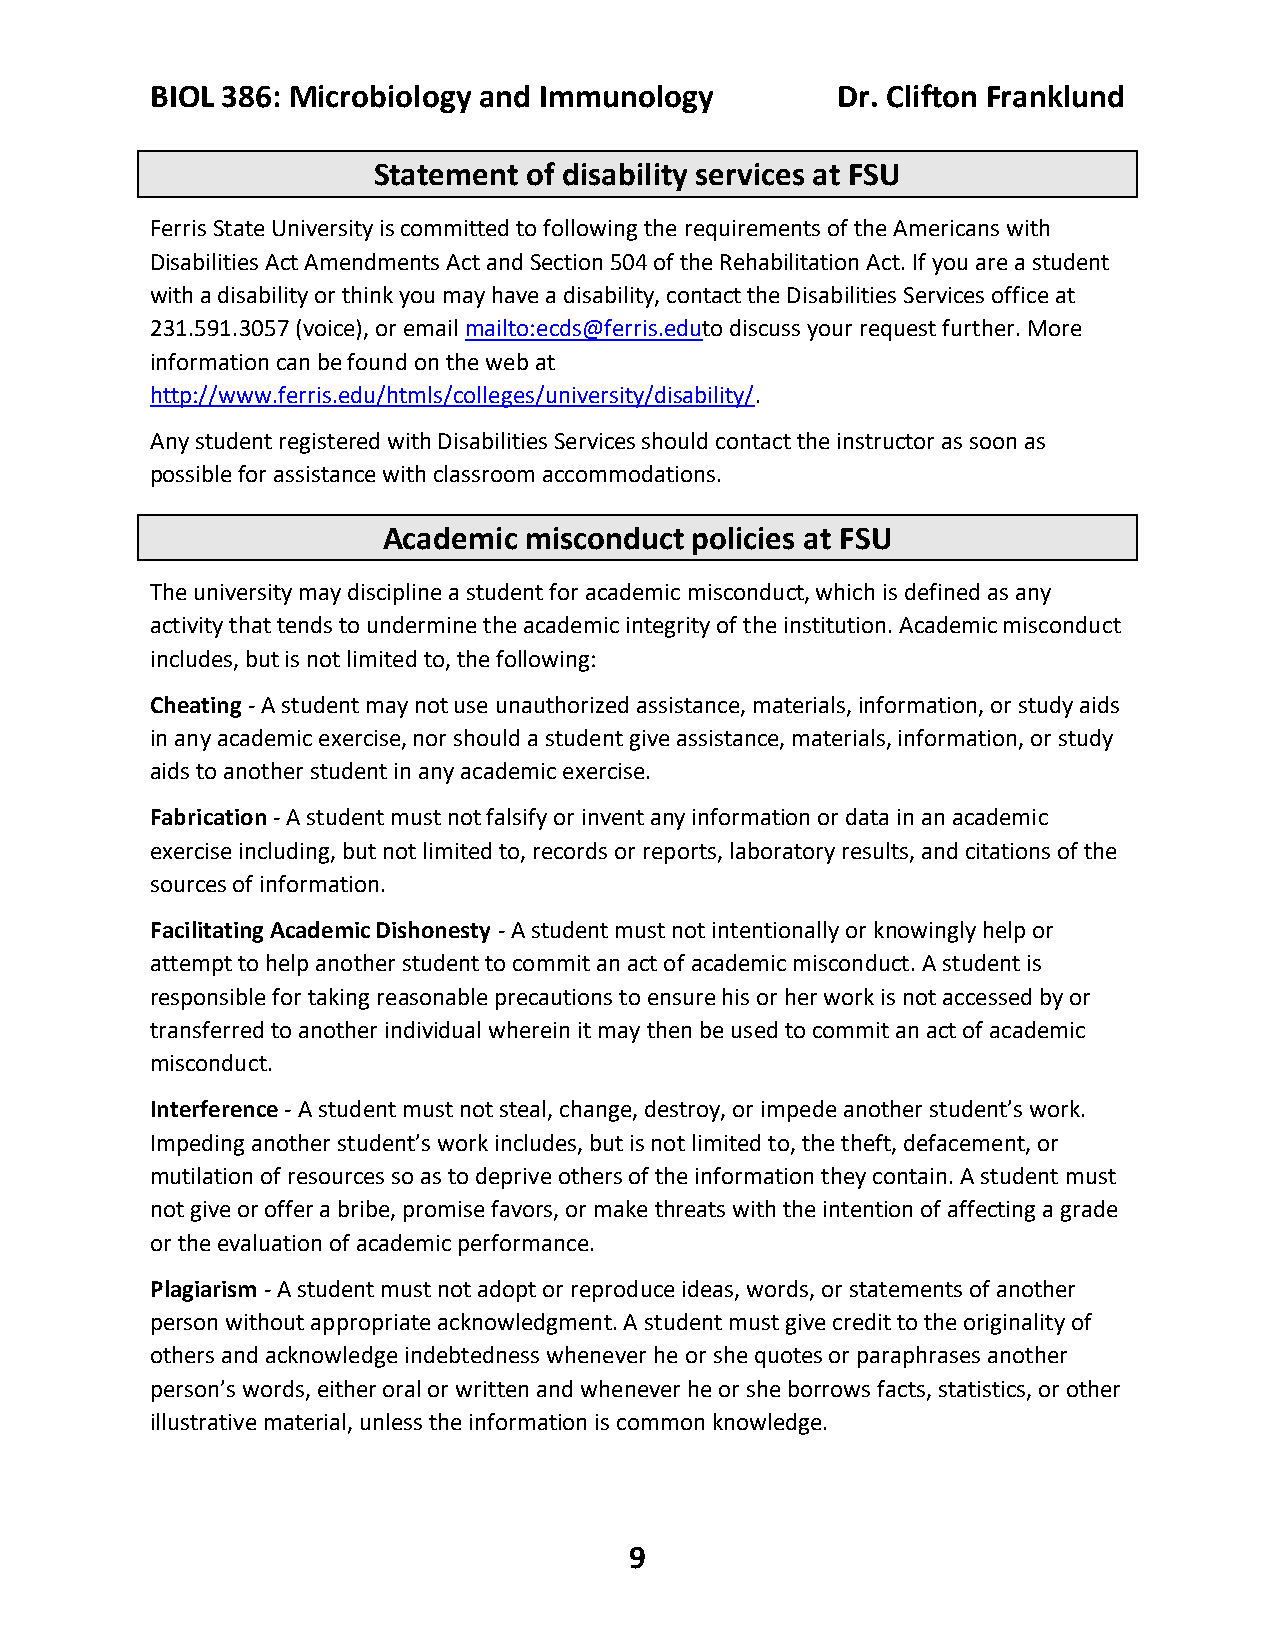
BIOL 386: Microbiology and Immunology        Dr. Clifton Franklund
 Statement of disability services at FSU
 Ferris State University is committed to following the requirements of the Americans with
 Disabilities Act Amendments Act and Section 504 of the Rehabilitation Act. If you are a student
 with a disability or think you may have a disability, contact the Disabilities Services office at
 231.591.3057 (voice), or email mailto:ecds@ferris.eduto discuss your request further. More
 information can be found on the web at
 http://www.ferris.edu/htmls/colleges/university/disability/.
 Any student registered with Disabilities Services should contact the instructor as soon as
 possible for assistance with classroom accommodations.
 Academic  misconduct policies at FSU
 The university may discipline a student for academic misconduct, which is defined as any
 activity that tends to undermine the academic integrity of the institution. Academic misconduct
 includes, but is not limited to, the following:
 Cheating - A student may not use unauthorized assistance, materials, information, or study aids
 in any academic exercise, nor should a student give assistance, materials, information, or study
 aids to another student in any academic exercise.
 Fabrication - A student must not falsify or invent any information or data in an academic
 exercise including, but not limited to, records or reports, laboratory results, and citations of the
 sources of information.
 Facilitating Academic Dishonesty - A student must not intentionally or knowingly help or
 attempt to help another student to commit an act of academic misconduct. A student is
 responsible for taking reasonable precautions to ensure his or her work is not accessed by or
 transferred to another individual wherein it may then be used to commit an act of academic
 misconduct.
 Interference - A student must not steal, change, destroy, or impede another student’s work.
 Impeding another student’s work includes, but is not limited to, the theft, defacement, or
 mutilation of resources so as to deprive others of the information they contain. A student must
 not give or offer a bribe, promise favors, or make threats with the intention of affecting a grade
 or the evaluation of academic performance.
 Plagiarism - A student must not adopt or reproduce ideas, words, or statements of another
 person without appropriate acknowledgment. A student must give credit to the originality of
 others and acknowledge indebtedness whenever he or she quotes or paraphrases another
 person’s words, either oral or written and whenever he or she borrows facts, statistics, or other
 illustrative material, unless the information is common knowledge.
 9